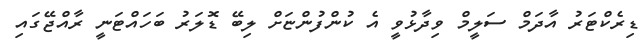
ޑިރެކްޓަރު އާދަމް ސަލީމް ވިދާޅުވީ އެ ކުންފުންޏަށް ލިބޭ ޑޮލަރު ބަހައްޓަނީ ރާއްޖޭގައި